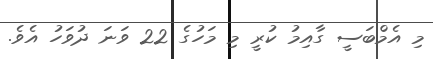
މި އެމްބަސީ ގާއިމު ކުރީ މި މަހުގެ 22 ވަނަ ދުވަހު އެވެ.